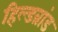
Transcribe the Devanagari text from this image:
हिल्डब्रांड